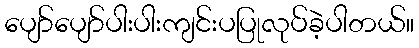
ပျော်ပျော်ပါးပါးကျင်းပပြုလုပ်ခဲ့ပါတယ်။